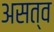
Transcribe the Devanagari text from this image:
असत्व